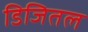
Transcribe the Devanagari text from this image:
डिजितल